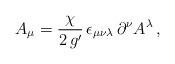
LaTeX: \begin{align*}A_{\mu} = \frac{\chi}{2\,g^{\prime}}\, \epsilon_{\mu\nu\lambda}\,\partial^{\nu}A^{\lambda}\,, \end{align*}